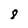
Character: 8